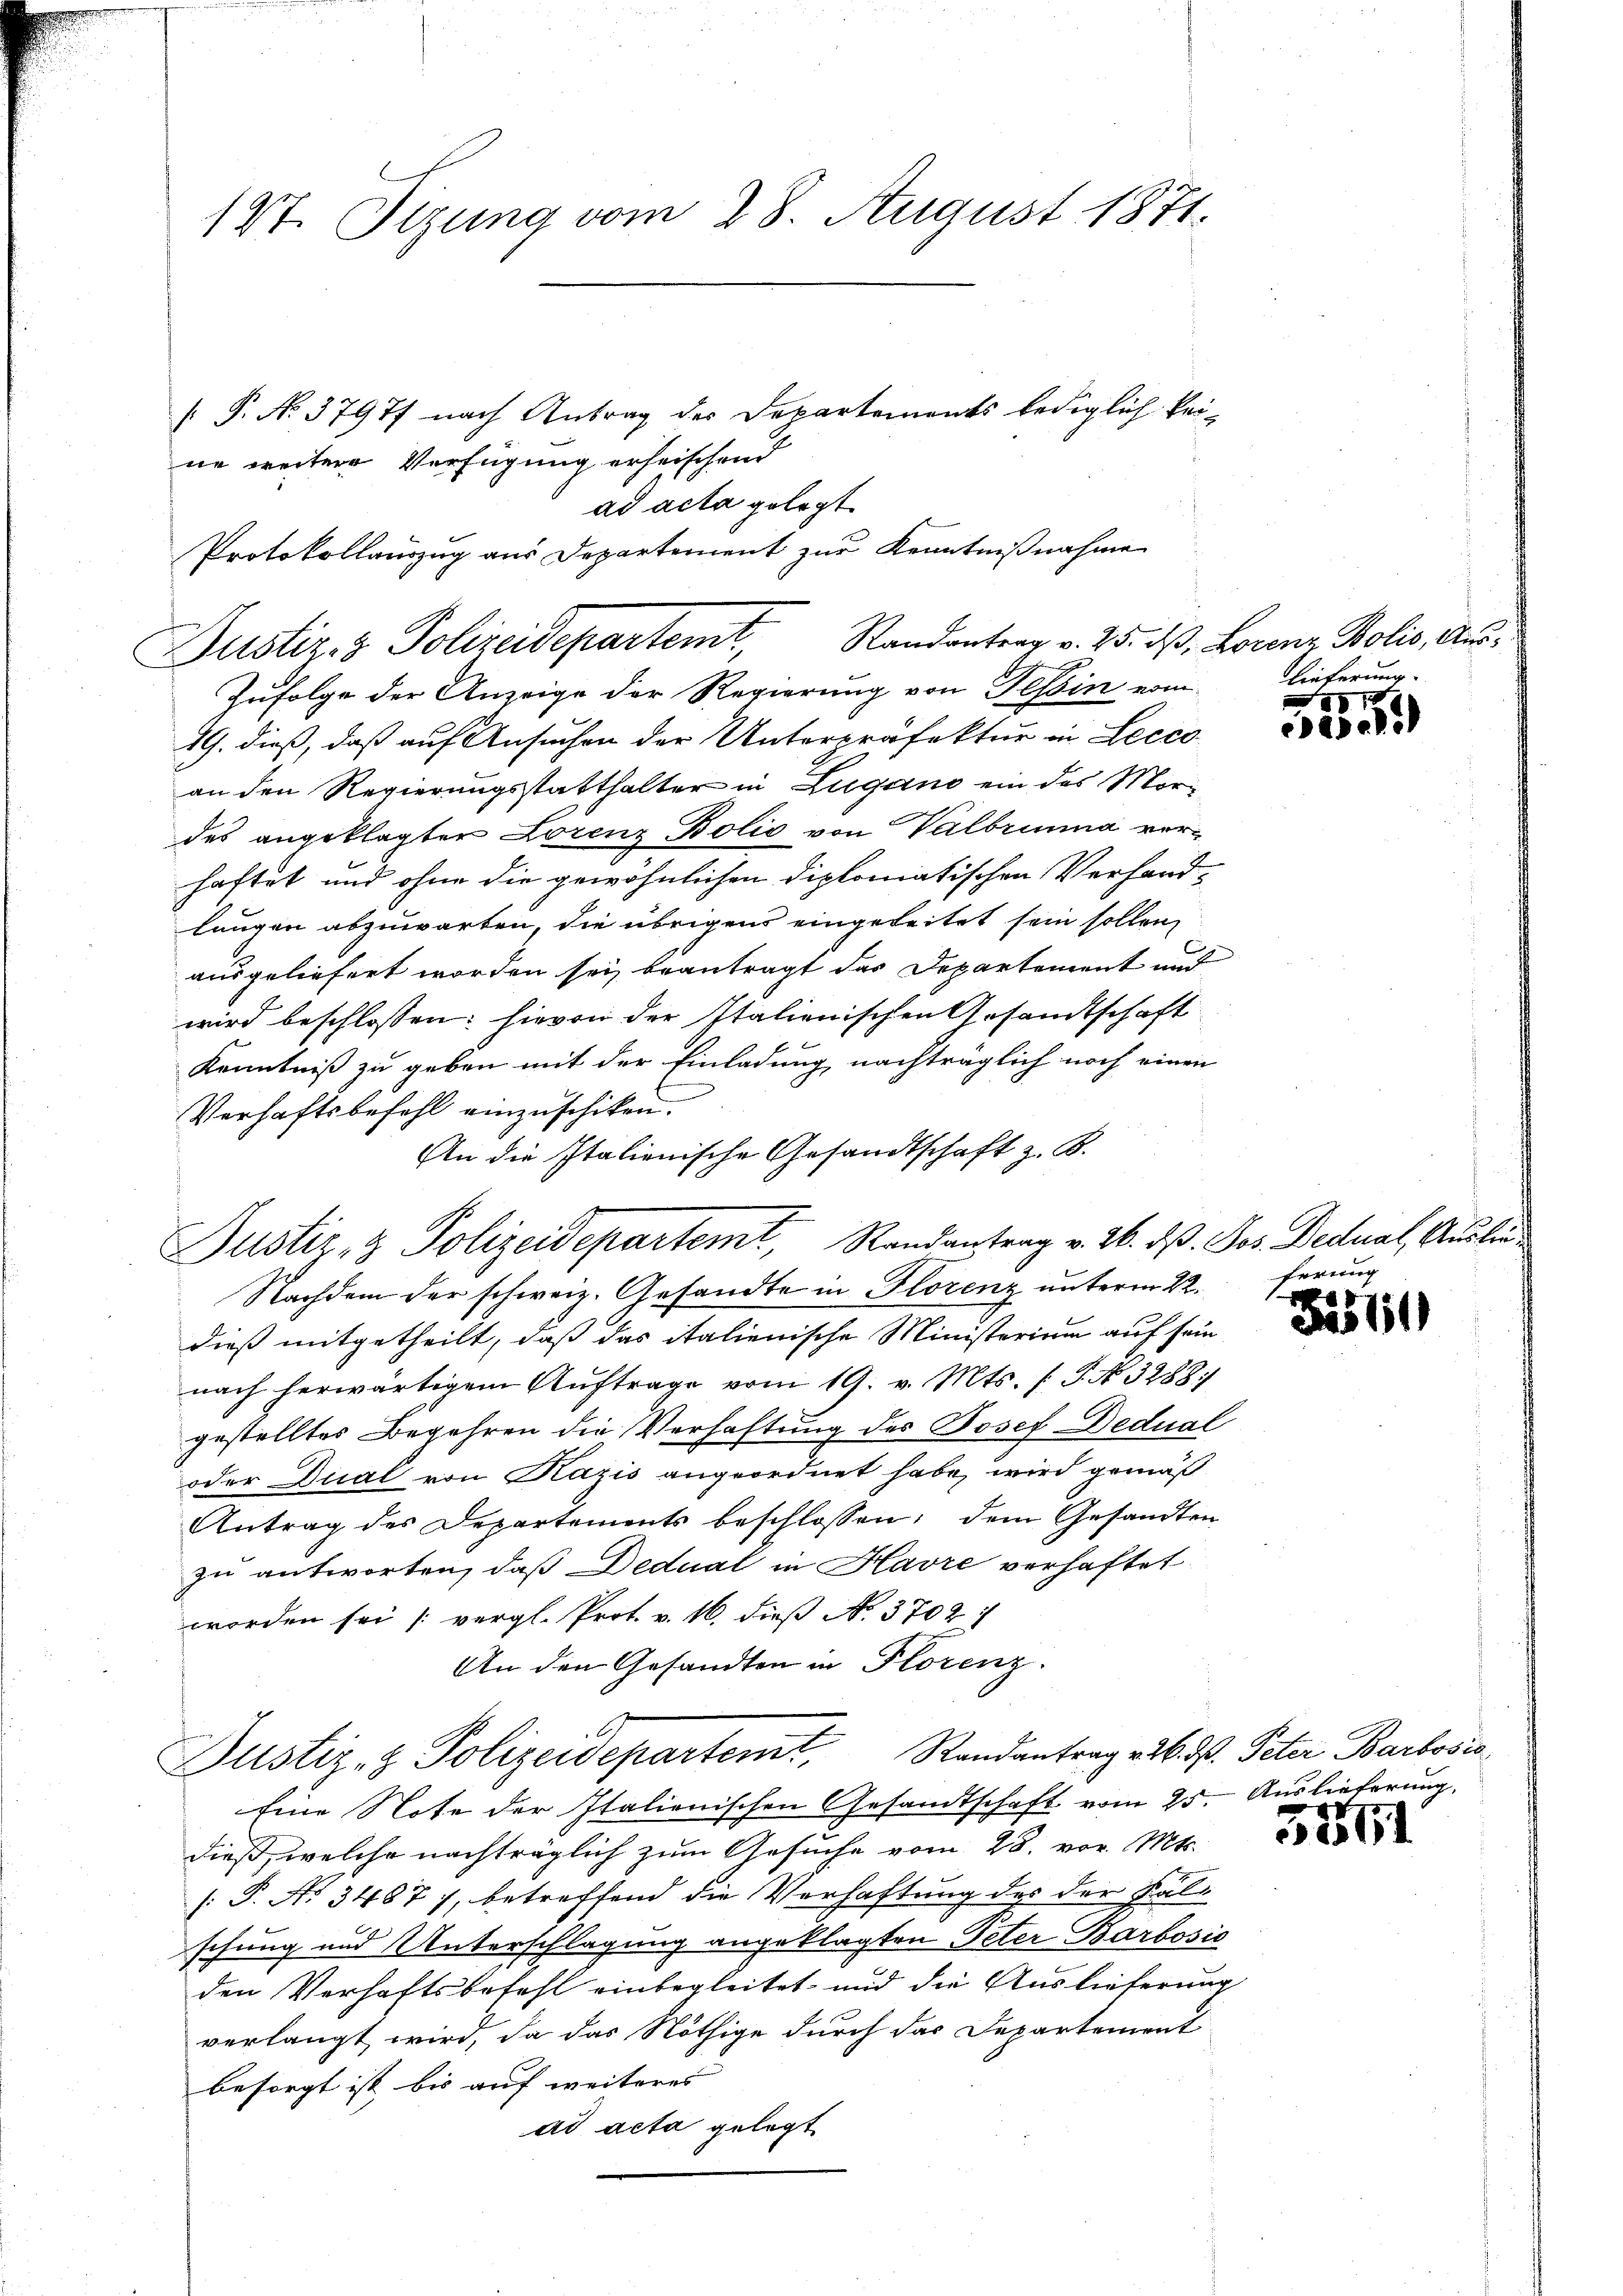
147. Sizung vom 28. August 1871.

P. No 37977 nach Antrag der Departements lediglich keine weitere Verfügung erheischend
ad acta gelegt.
Protokollauszug aus Departement zur Kenntnißnahme
Justiz- & Polizeidepartemt, Randantrag v. 25. d. Lorenz Bolis, Auss
Zufolge der Anzeige der Regierung von Tessin vom
19. dieß, daß auf Ansuchen der Unterpräfektur in Lecco
an den Regierungsstatthalter in Lugano ein des Mordes angeklagter Lorenz Bolio von Valbrina verhaftet und ohne die gewöhnlichen diplomatischen Verhand-
langen abzuwarten, die übrigens eingeleitet sein sollen,
ausgeliefert worden sei, beantragt das Departement und
wird beschlossen: hievon der Italienischen Gesandtschaft
Kenntniß zu geben mit der Einladung nachträglich noch einen
Verhaftsbefehl einzuschiken.
An die Italienische Gesandtschaft z. B.
Justiz- & Polizeidepartemt, Randantrag v. 26. d. Jos. Bednal, Auslie¬
Nachdem der schweiz. Gesandte in Florenz unterm 22. Ferung
dieß mitgetheilt, daß das italienische Ministerium auf sein
nach herwärtigem Auftrage vom 19. v. Mts. (T. N. 3288:
gestelltes Begehren die Verhaftung des Josef Dedual
oder Dial von Kazis angeordnet habe, wird gemäß
Antrag des Departements beschlossen; dem Gesandten
zu antworten, daß Dedual in Havre verhaftet
worden sei vergl. Prot. v. 16. dieß No. 3702:
An den Gesandten in Florenz.
Justiz- & Polizeidepartemt. Randantrag v. 6. d. Peter Barlošić
Eine Note der Italienischen Gesandtschaft vom 25. Auslieferung.
dieß, welche nachträglich zum Gesuche vom 28. vor. Mts.
[P. Nr. 3487), betreffend die Verhaftung des der Falschung und Unterschlagung angeklagten Peter Barbosic
den Verhaftsbefehl einbegleitet und die Auslieferung
verlangt wird, da das Nöthige durch das Departement
besorgt ist bis auf weiteres
ad acta gelegt

Lieferung.

3

8
cea

25111

5261